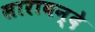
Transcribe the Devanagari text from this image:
साराबन्दे